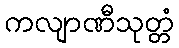
ကလျာဏီသုတ္တံ